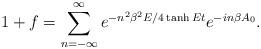
LaTeX: \begin{align*}1+f=\sum^\infty_{n=-\infty}e^{-n^2\beta^2E/4\tanh Et}e^{-in\beta A_0}.\end{align*}